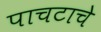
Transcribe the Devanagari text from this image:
पाचटाचे